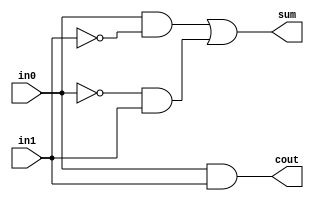
module ha(in0, in1, sum, cout);
input in0, in1;
output sum, cout;

wire w1, w2, w3, w4;

assign cout = in0 & in1;
assign w1 = ~in1;
assign w2 = in0 & w1;
assign w3 = ~in0;
assign w4 = w3 & in1;
assign sum = w2 | w4;

endmodule